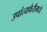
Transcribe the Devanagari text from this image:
उपांत्यफेरीमध्ये